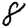
Digit: 8